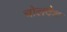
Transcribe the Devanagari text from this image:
चोलदेश